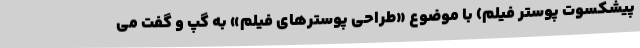
پیشکسوت پوستر فیلم) با موضوع «طراحی پوسترهای فیلم» به گپ و گفت می